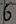
Text: 6